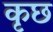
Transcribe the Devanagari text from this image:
कृछ